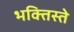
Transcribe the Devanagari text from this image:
भक्तिस्ते